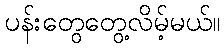
ပန်းတွေတွေ့လိမ့်မယ်။